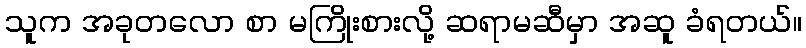
သူက အခုတလော စာ မကြိုးစားလို့ ဆရာမဆီမှာ အဆူ ခံရတယ်။